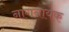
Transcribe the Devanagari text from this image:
नागनायक